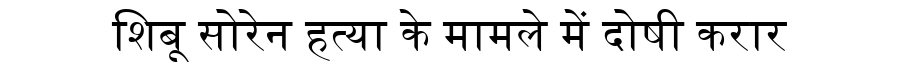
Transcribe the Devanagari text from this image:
शिबू सोरेन हत्या के मामले में दोषी करार